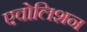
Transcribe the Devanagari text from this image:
एवोलिशन